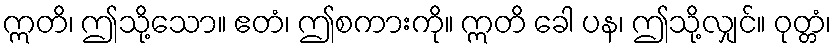
ဣတိ၊ ဤသို့သော။ ဧတံ၊ ဤစကားကို။ ဣတိ ခေါ ပန၊ ဤသို့လျှင်။ ဝုတ္တံ၊